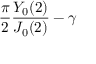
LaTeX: { \frac { \pi } { 2 } } { \frac { Y _ { 0 } ( 2 ) } { J _ { 0 } ( 2 ) } } - \gamma